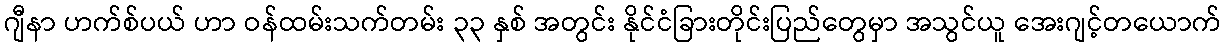
ဂျီနာ ဟက်စ်ပယ် ဟာ ဝန်ထမ်းသက်တမ်း ၃၃ နှစ် အတွင်း နိုင်ငံခြားတိုင်းပြည်တွေမှာ အသွင်ယူ အေးဂျင့်တယောက်